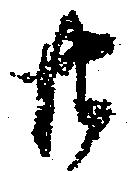
廿